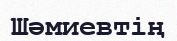
Шәмиевтің